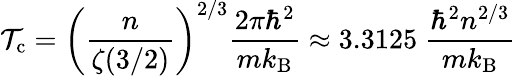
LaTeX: \mathcal{T}_{\mathrm{{{c}}}}=\left({\frac{{n}}{{\zeta(3/2)}}}\right)^{2/3}{\frac{{2\pi\hbar^{2}}}{{mk_{\mathrm{{{B}}}}}}}\approx3.3125\ {\frac{{\hbar^{2}n^{2/3}}}{{mk_{\mathrm{{{B}}}}}}}